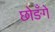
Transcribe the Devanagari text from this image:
छोङँगे